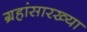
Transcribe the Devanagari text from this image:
ग्रहांसारख्या